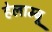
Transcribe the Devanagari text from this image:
हेलाम्बू